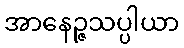
အာနေဉ္ဇသပ္ပါယာ